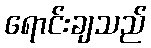
ရောင်းချသည်